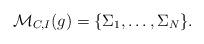
LaTeX: \begin{align*}\mathcal M_{C,I}(g) = \{\Sigma_1,\hdots,\Sigma_N\}.\end{align*}